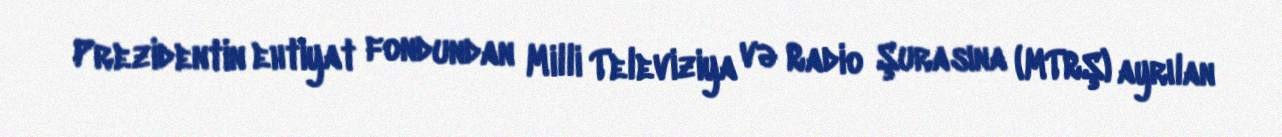
Prezidentin ehtiyat fondundan Milli Televiziya və Radio Şurasına (MTRŞ) ayrılan